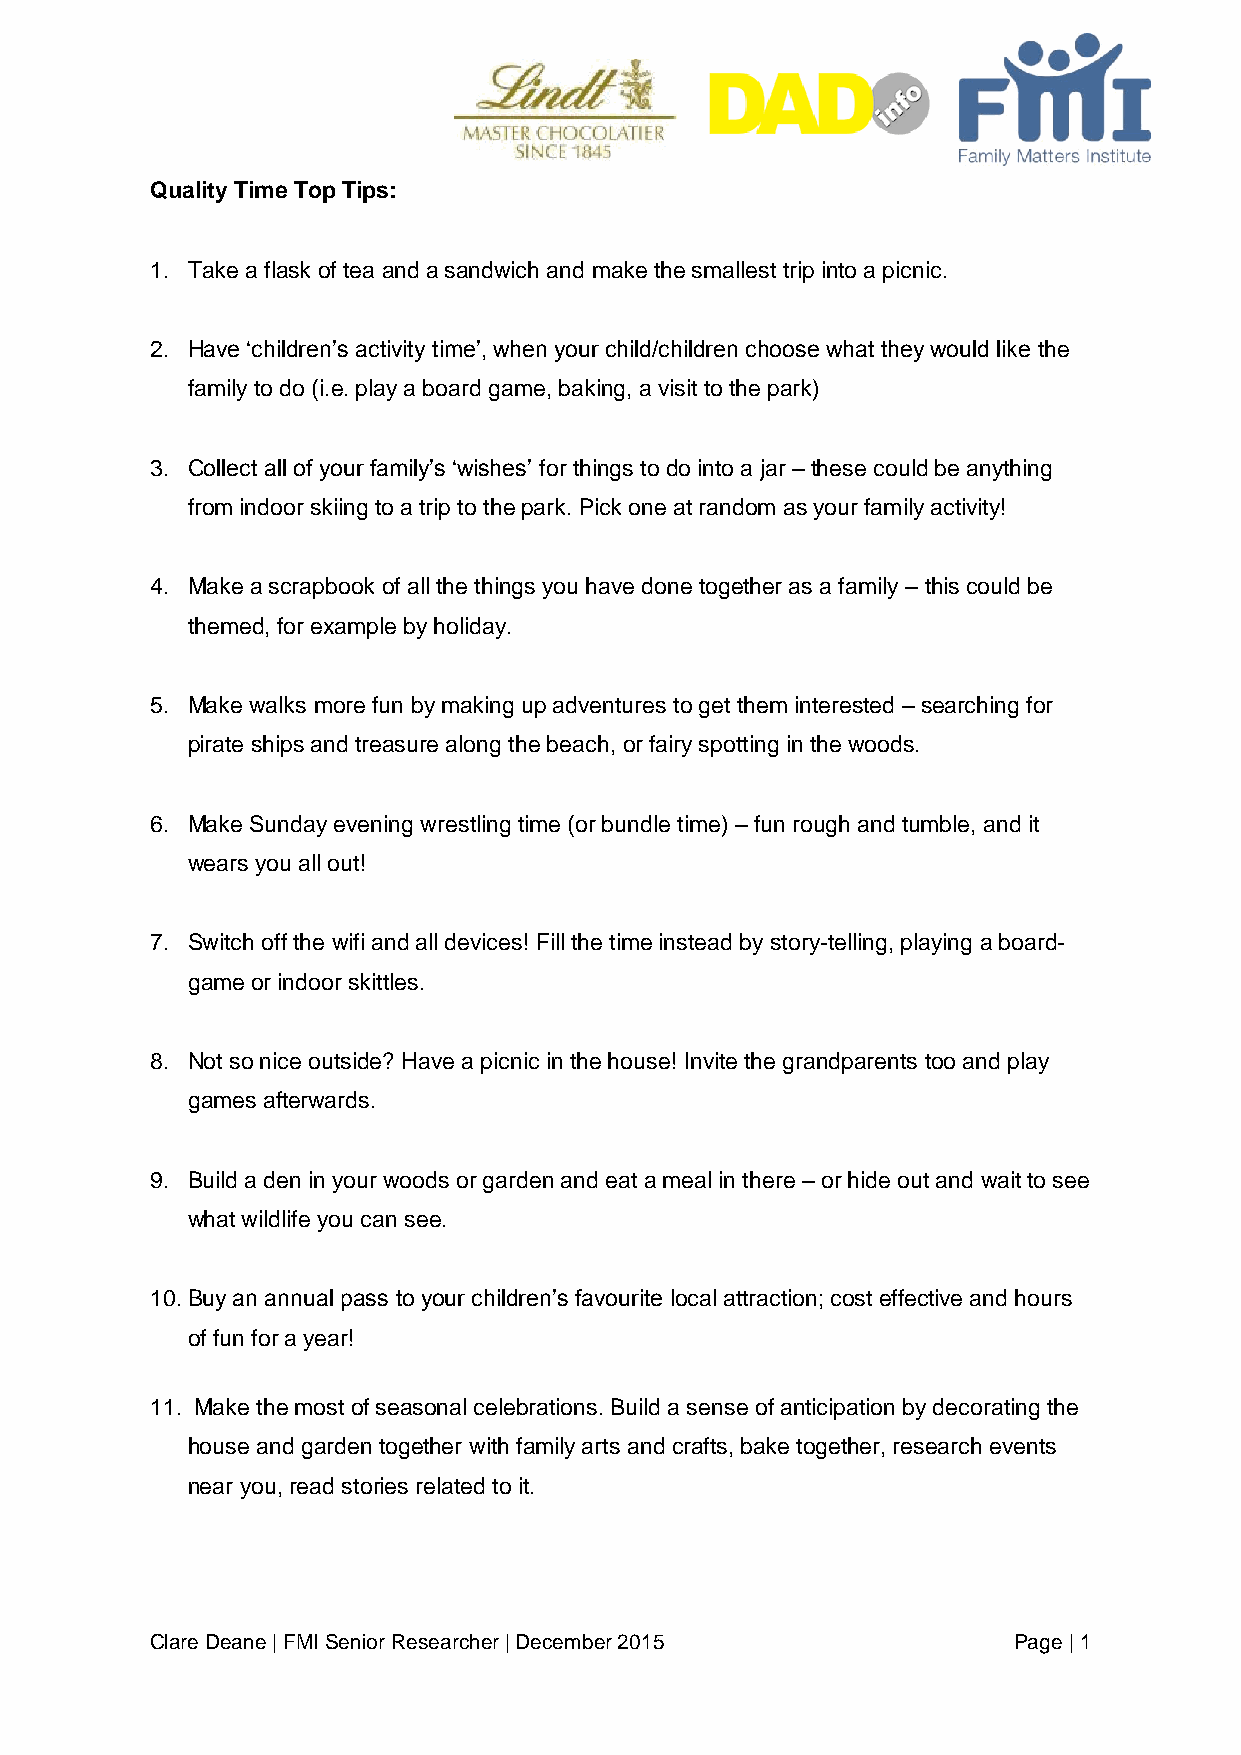
Quality Time Top Tips:
 1. Take a flask of tea and a sandwich and make the smallest trip into a picnic.
 2. Have ‘children’s activity time’, when your child/children choose what they would like the
 family to do (i.e. play a board game, baking, a visit to the park)
 3. Collect all of your family’s ‘wishes’ for things to do into a jar – these could be anything
 from indoor skiing to a trip to the park. Pick one at random as your family activity!
 4. Make a scrapbook of all the things you have done together as a family – this could be
 themed, for example by holiday.
 5. Make walks more fun by making up adventures to get them interested – searching for
 pirate ships and treasure along the beach, or fairy spotting in the woods.
 6. Make Sunday evening wrestling time (or bundle time) – fun rough and tumble, and it
 wears you all out!
 7. Switch off the wifi and all devices! Fill the time instead by story-telling, playing a board-
 game or indoor skittles.
 8. Not so nice outside? Have a picnic in the house! Invite the grandparents too and play
 games afterwards.
 9. Build a den in your woods or garden and eat a meal in there – or hide out and wait to see
 what wildlife you can see.
 10. Buy an annual pass to your children’s favourite local attraction; cost effective and hours
 of fun for a year!
 11. Make the most of seasonal celebrations. Build a sense of anticipation by decorating the
 house and garden together with family arts and crafts, bake together, research events
 near you, read stories related to it.
 Clare Deane | FMI Senior Researcher | December 2015      Page | 1